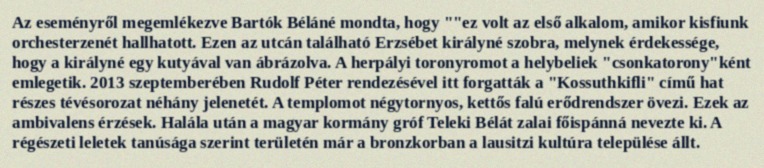
Az eseményről megemlékezve Bartók Béláné mondta, hogy ""ez volt az első alkalom, amikor kisfiunk orchesterzenét hallhatott. Ezen az utcán található Erzsébet királyné szobra, melynek érdekessége, hogy a királyné egy kutyával van ábrázolva. A herpályi toronyromot a helybeliek "csonkatorony"ként emlegetik. 2013 szeptemberében Rudolf Péter rendezésével itt forgatták a "Kossuthkifli" című hat részes tévésorozat néhány jelenetét. A templomot négytornyos, kettős falú erődrendszer övezi. Ezek az ambivalens érzések. Halála után a magyar kormány gróf Teleki Bélát zalai főispánná nevezte ki. A régészeti leletek tanúsága szerint területén már a bronzkorban a lausitzi kultúra települése állt.